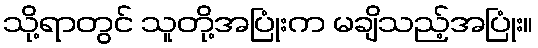
သို့ရာတွင် သူတို့အပြုံးက မချိသည့်အပြုံး။